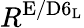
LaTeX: R^{\mathrm{E/D6_{L}}}